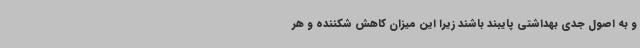
و به اصول جدی بهداشتی پایبند باشند زیرا این میزان کاهش شکننده و هر